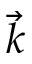
\vec { k }